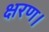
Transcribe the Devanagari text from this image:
क्षरण।